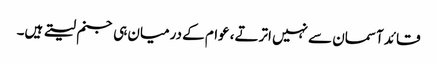
قائد آسمان سے نہیں اترتے، عوام کے درمیان ہی جنم لیتے ہیں۔